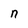
Character: n